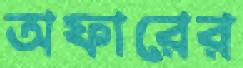
অফারের